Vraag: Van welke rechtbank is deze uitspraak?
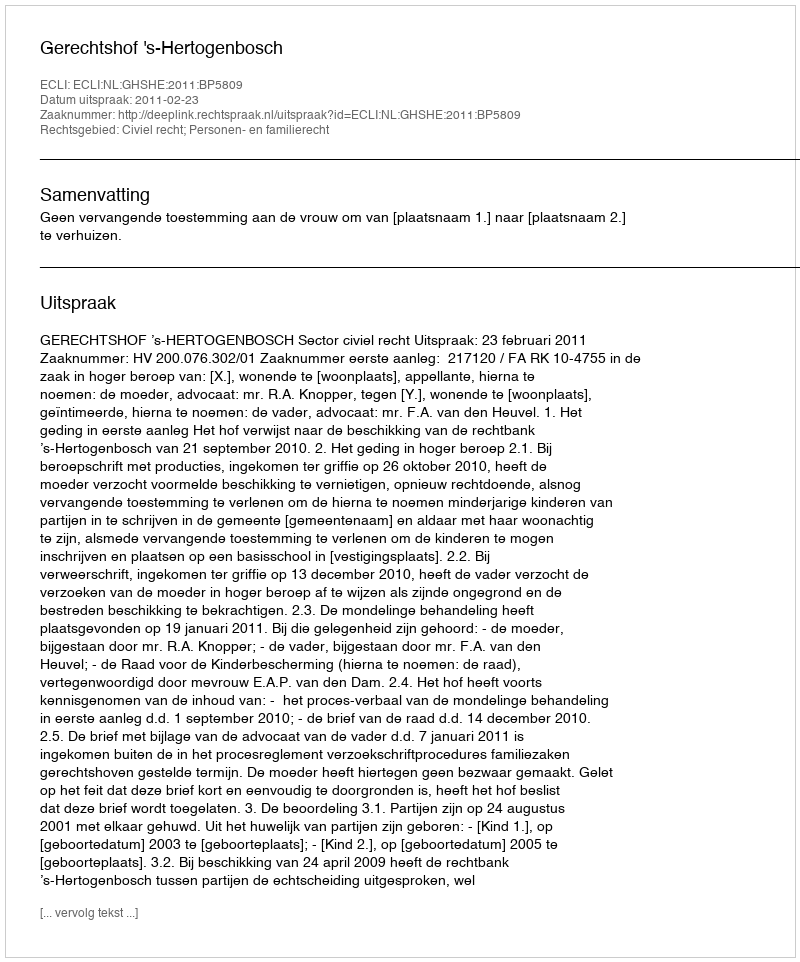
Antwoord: Gerechtshof 's-Hertogenbosch